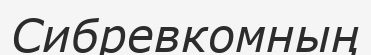
Сибревкомның